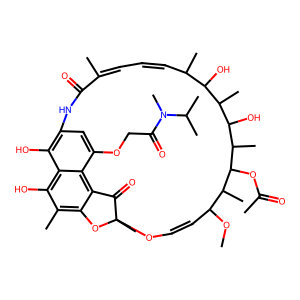
SMILES: COC1C=COC2(C)Oc3c(C)c(O)c4c(O)c(cc(OCC(=O)N(C)C(C)C)c4c3C2=O)NC(=O)C(C)=CC=CC(C)C(O)C(C)C(O)C(C)C(OC(C)=O)C1C
Inhibits HIV replication: No